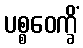
ပစ္စဝေက္ခိံ